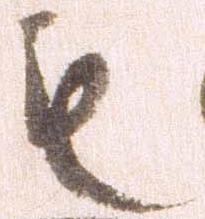
も